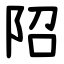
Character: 䧂